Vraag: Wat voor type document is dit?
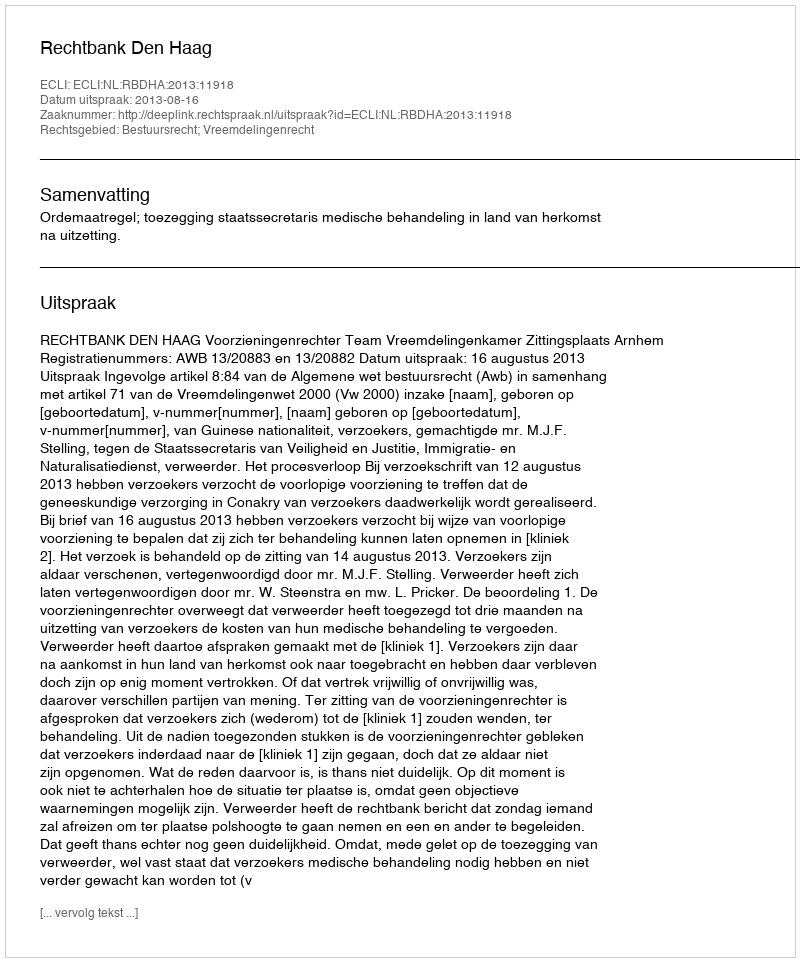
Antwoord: Uitspraak